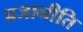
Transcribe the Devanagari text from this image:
प्रजानीति